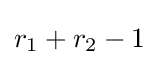
r_{1}+r_{2}-1